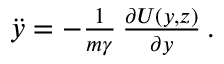
\begin{array} { r } { \ddot { y } = - { \frac { 1 } { m \gamma } } \, { \frac { \partial U ( y , z ) } { \partial y } } \, . } \end{array}